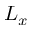
L _ { x }